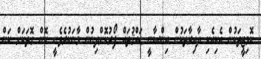
ކޮމިޓީތަކުން އެކިއެކި ދާއިރާތަކުން އިންސާނީ ޙައްޤުތައް ފޯރުކޮށްދިނުން މާނަކުރެވެނީ ކޮން ގޮތަކަށް ކަން